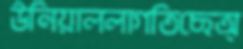
উনিয়াললাগতিছেঅ্